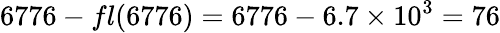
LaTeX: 6776-fl(6776)=6776-6.7\times 10^{3}=76